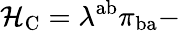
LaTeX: {\cal H}_{\mathrm{C}}=\lambda^{\mathrm{ab}}\pi_{\mathrm{ba}}-